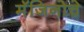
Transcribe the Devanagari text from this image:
मॅजिनोचे